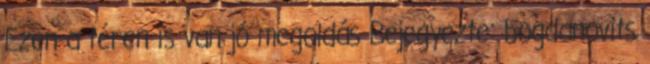
Ezen a téren is van jó megoldás Bejegyezte: bogdanovits